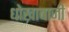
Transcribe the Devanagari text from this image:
धोखाबाजी